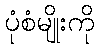
ပုံစံမျိုးကို